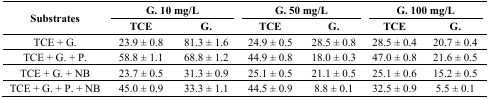
<table><thead><tr><td rowspan="3"><b>Substrates</b></td><td colspan="2"><b>G. 10 mg/L</b></td><td colspan="2"><b>G. 50 mg/L</b></td><td colspan="2"><b>G. 100 mg/L</b></td></tr><tr><td><b>TCE</b></td><td><b>G.</b></td><td><b>TCE</b></td><td><b>G.</b></td><td><b>TCE</b></td><td><b>G.</b></td></tr></thead><tbody><tr><td>TCE + G.</td><td>23.9 ± 0.8</td><td>81.3 ± 1.6</td><td>24.9 ± 0.5</td><td>28.5 ± 0.8</td><td>28.5 ± 0.4</td><td>20.7 ± 0.4</td></tr><tr><td>TCE + G. + P.</td><td>58.8 ± 1.1</td><td>68.8 ± 1.2</td><td>44.9 ± 0.8</td><td>18.0 ± 0.3</td><td>47.0 ± 0.8</td><td>21.6 ± 0.5</td></tr><tr><td>TCE + G. + NB</td><td>23.7 ± 0.5</td><td>31.3 ± 0.9</td><td>25.1 ± 0.5</td><td>21.1 ± 0.5</td><td>25.1 ± 0.6</td><td>15.2 ± 0.5</td></tr><tr><td>TCE + G. + P. + NB</td><td>45.0 ± 0.9</td><td>33.3 ± 1.1</td><td>44.5 ± 0.9</td><td>8.8 ± 0.1</td><td>32.5 ± 0.9</td><td>5.5 ± 0.1</td></tr></tbody></table>